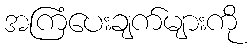
အကြံပေးချက်များကို